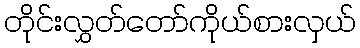
တိုင်းလွှတ်တော်ကိုယ်စားလှယ်